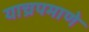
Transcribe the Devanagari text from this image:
याच्रपमाणे